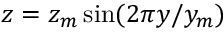
z = z _ { m } \sin ( 2 \pi y / y _ { m } )